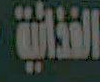
الغذائية